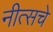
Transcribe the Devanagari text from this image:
नीत्सचे